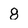
Character: 8